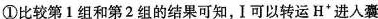
①比较第1组和第2组的结果可知，I可以转运H^{+}进入囊